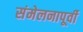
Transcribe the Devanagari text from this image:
संमेलनापूर्वी